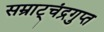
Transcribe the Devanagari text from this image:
सम्राट्चंद्रगुप्त